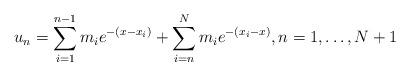
LaTeX: \begin{align*} u_n= \sum_{i=1}^{n-1}m_ie^{-(x-x_i)}+\sum_{i=n}^Nm_ie^{-(x_i-x)},n=1,\ldots ,N+1\end{align*}